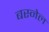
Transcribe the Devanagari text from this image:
बस्नेल